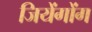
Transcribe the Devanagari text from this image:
जियेंगोंग